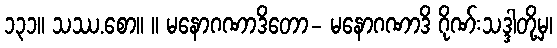
၁၃၁။ သဿ.စော။ ။ မနောဂဏာဒိတော- မနောဂဏာဒိ ဂိုဏ်းသဒ္ဒါတို့မှ၊